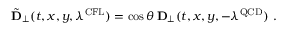
{ \tilde { \bf D } } _ { \perp } ( t , x , y , \lambda ^ { \mathrm { C F L } } ) = \cos { \theta } \, { \bf D } _ { \perp } ( t , x , y , - \lambda ^ { \mathrm { Q C D } } ) \ .